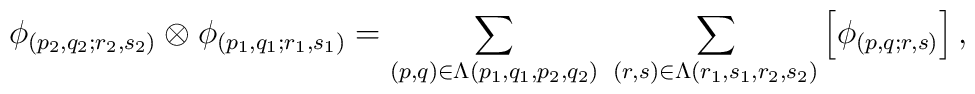
\phi_{(p_{2},q_{2};r_{2},s_{2})}\otimes\phi_{(p_{1},q_{1};r_{1},s_{1})}= \sum_{(p,q)\in\Lambda(p_{1},q_{1},p_{2},q_{2}) } \;  \sum_{(r,s)\in\Lambda(r_{1},s_{1},r_{2},s_{2}) }  \left[ \phi_{(p,q;r,s)} \right] ,